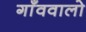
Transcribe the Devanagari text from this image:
गाँववालो